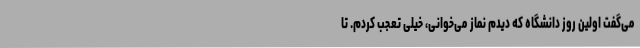
می‌گفت اولین روز دانشگاه که دیدم نماز می‌خوانی، خیلی تعجب کردم. تا